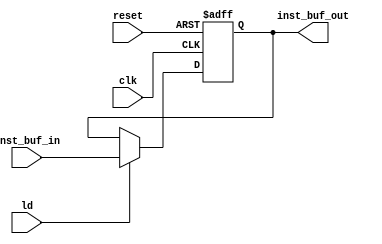
module inst_buf(reset,clk,ld,inst_buf_in,inst_buf_out);

	input reset            ;
	input clk              ;
	input ld               ;
	input [7:0] inst_buf_in;

	output [7:0] inst_buf_out;

	reg [7:0] inst_buf_out;
	//reg [7:0] tmp;
	//assign inst_buf_out = tmp;

always@(posedge reset or posedge clk) begin
	if(reset)
	 //tmp <= 8'b0;
	 inst_buf_out <= 8'b0;
	else
	 if(ld) begin
	  //tmp <= inst_buf_in;
	  inst_buf_out <= inst_buf_in;
	end
end

endmodule